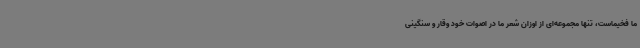
ما فخیماست، تنها مجموعه‌ای از اوزان شعر ما در اصوات خود وقار و سنگینی